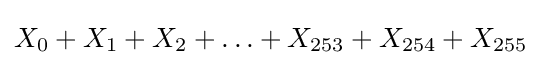
X_{0}+X_{1}+X_{2}+\ldots +X_{253}+X_{254}+X_{255}